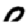
Digit: 0